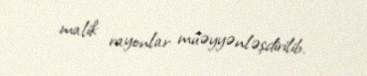
malik rayonlar müəyyənləşdirilib.